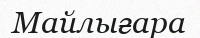
Майлығара